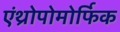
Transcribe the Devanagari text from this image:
एंथ्रोपोमोर्फिक